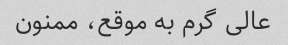
عالی گرم به موقع، ممنون